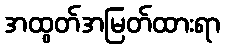
အထွတ်အမြတ်ထားရာ